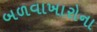
બળવાખારોના